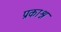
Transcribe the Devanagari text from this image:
प्रकाश्न